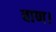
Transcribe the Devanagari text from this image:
बाण।